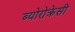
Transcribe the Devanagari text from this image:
ब्योरोक्रेसी